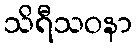
သိရီသဝနာ